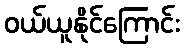
ဝယ်ယူနိုင်ကြောင်း